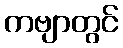
ကဗျာတွင်